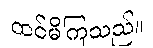
ထင်မိကြသည်။